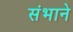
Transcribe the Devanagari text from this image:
संभाने